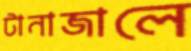
টানাজালে